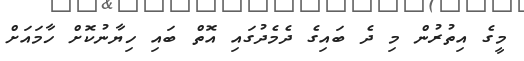
މީގެ އިތުރުން މި ދެ ބައިގެ ދެމެދުގައި އޮތް ބައި ހިޔާނުކޮށް ހާމައަށް